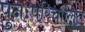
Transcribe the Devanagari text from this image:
पुनःपरिचालित